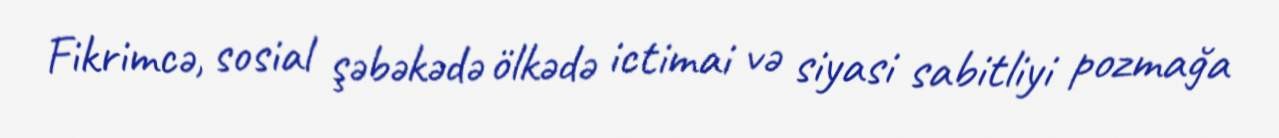
Fikrimcə, sosial şəbəkədə ölkədə ictimai və siyasi sabitliyi pozmağa